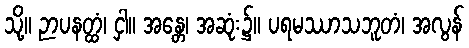
သို့။ ဉာပနတ္ထံ၊ ငှါ။ အန္တေ၊ အဆုံး၌။ ပရမဿာသဘူတံ၊ အလွန်